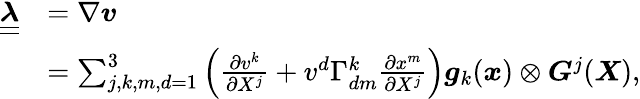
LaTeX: \begin{array}{rl}{\boldsymbol{\underline{{\underline{{\lambda}}}}}}&{=\nabla\boldsymbol{v}}\\ &{=\sum_{j,k,m,d=1}^{3}\left(\frac{\partial v^{k}}{\partial X^{j}}+v^{d}\Gamma_{dm}^{k}\frac{\partial x^{m}}{\partial X^{j}}\right)\boldsymbol{g}_{k}(\boldsymbol{x})\otimes\boldsymbol{G}^{j}(\boldsymbol{X}),}\end{array}